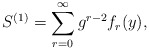
\begin{align*}S^{(1)} = \sum_{r=0}^\infty g^{r-2} f_r(y),\end{align*}